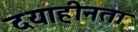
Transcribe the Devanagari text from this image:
दयाहीनता